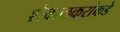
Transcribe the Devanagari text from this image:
शेवाळकरांकडे